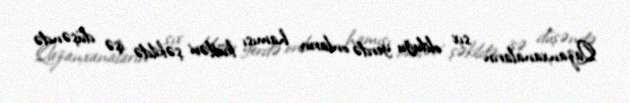
Qazanxanaların sıx olduğu yerdə onların hamısı kütləvi şəkildə işə düşəndə